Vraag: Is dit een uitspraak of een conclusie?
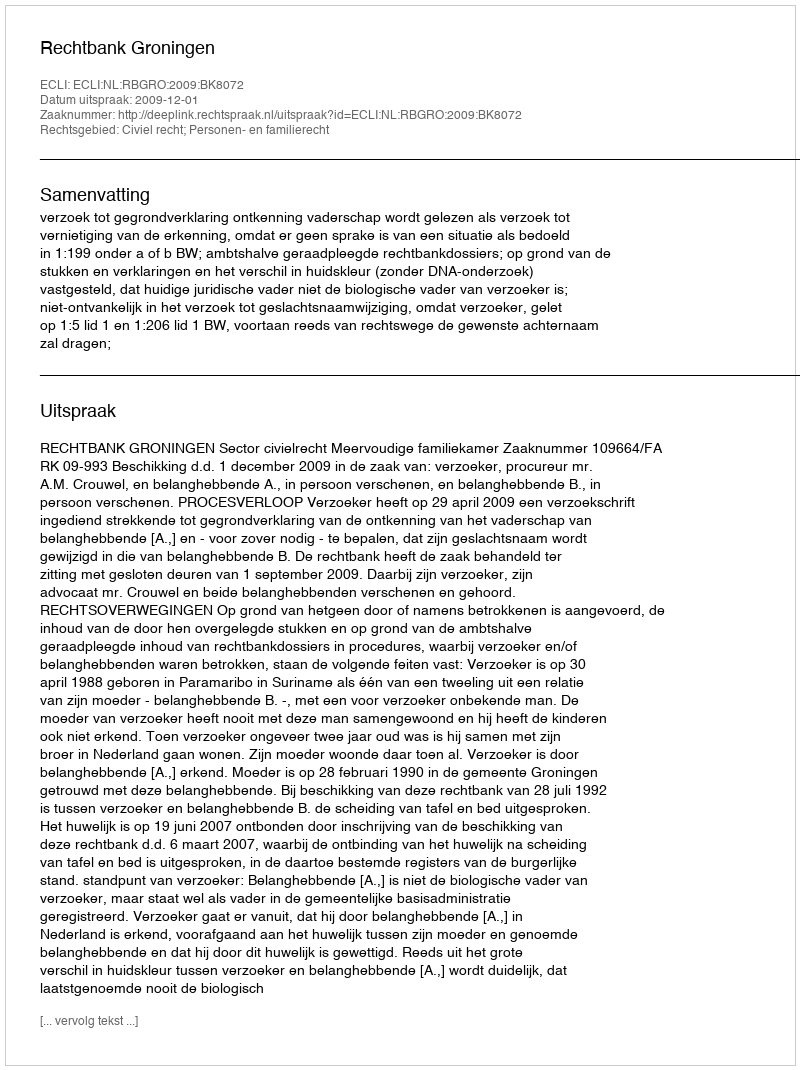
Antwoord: Uitspraak